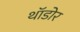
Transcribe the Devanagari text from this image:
थॉडोर